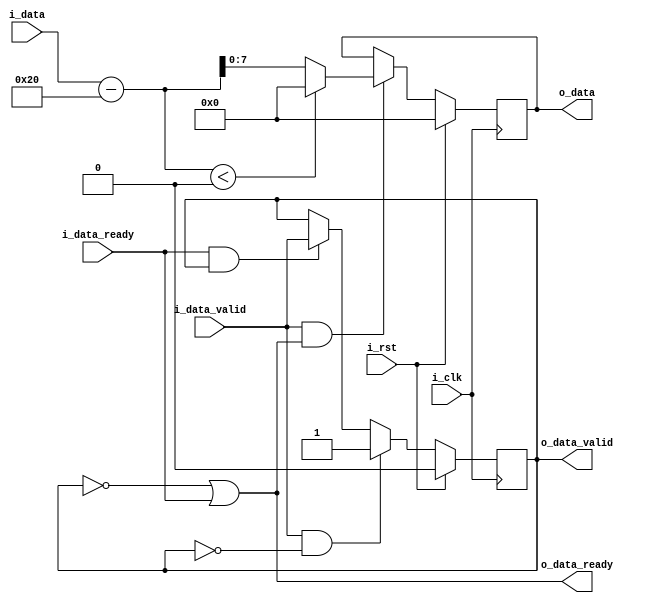
`timescale 1ns / 1ps
//////////////////////////////////////////////////////////////////////////////////
// Company: 
// Engineer: 
// 
// Design Name: 
// Module Name: contrast_dec
// Project Name: 
// Target Devices: 
// Tool Versions: 
// Description: 
// 
// Dependencies: 
// 
// Revision:
// Revision 0.01 - File Created
// Additional Comments:
// 
//////////////////////////////////////////////////////////////////////////////////


module contrast_dec(
 input i_clk,
 input i_rst,
 
 //upstream
 input i_data_valid,
 input [7:0]i_data,
 output o_data_ready,
 
 //downstream
 output o_data_valid,
 output [7:0]o_data,
 input i_data_ready

    );
 
    reg valid_data;
    reg [7:0]contrast_val = 8'h20;
    reg [7:0]pixel_val;
    wire [8:0]con_pixel_val;
    
    assign con_pixel_val = i_data - contrast_val;
    
    always @(posedge i_clk)
    begin
        if(i_rst)
        begin
            pixel_val <= 0;
        end
        else
        begin
            if(i_data_valid & o_data_ready)
            begin
                if($signed(con_pixel_val) < 0)
                    pixel_val <= 8'h00;
                else
                    pixel_val <= con_pixel_val;        
            end
        end
    end
    
    always @(posedge i_clk)
    begin
        if(i_rst)
            valid_data <= 0;
        else if(i_data_valid & !valid_data)
            valid_data <= 1;
        else if(i_data_ready & valid_data)
            valid_data <= i_data_valid; 
    end
    
    assign o_data_ready = ~valid_data | i_data_ready ;
    assign o_data_valid = valid_data; 
    
    assign o_data = pixel_val;     
    
endmodule